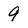
Character: 9